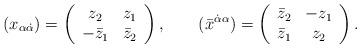
LaTeX: \begin{align*}(x_{\alpha\dot\alpha})=\left(\begin{array}{cc} z_2 & z_1 \\ -\bar{z}_1 & \bar{z}_2 \end{array}\right), \qquad(\bar{x}^{\dot\alpha\alpha})=\left(\begin{array}{cc} \bar{z}_2 & -z_1 \\ \bar{z}_1 & z_2 \end{array}\right).\end{align*}